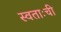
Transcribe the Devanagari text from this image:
स्वताःची